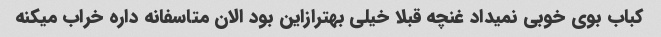
کباب بوی خوبی نمیداد غنچه قبلا خیلی بهترازاین بود الان متاسفانه داره خراب میکنه